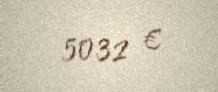
5032 €